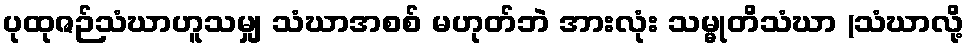
ပုထုဇဉ်သံဃာဟူသမျှ သံဃာအစစ် မဟုတ်ဘဲ အားလုံး သမ္မုတိသံဃာ (သံဃာလို့